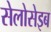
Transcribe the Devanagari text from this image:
सेलोसेइब